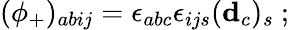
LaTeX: (\phi_{+})_{abij}=\epsilon_{abc}\epsilon_{ijs}({\mathbf d}_{c})_{s}\ ;